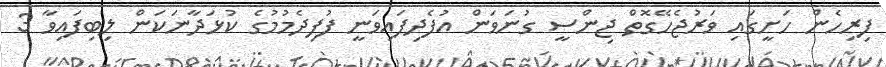
ފިރިހެން ހަށީގައި ވަރުޖެހޭގޮތް ޖިންސީ ގުނަވަން އުފެދިފައިވަނީ ފުފިދެމުމުގެ ކުޅަދާނަކަން ލިބިފައިވާ 3